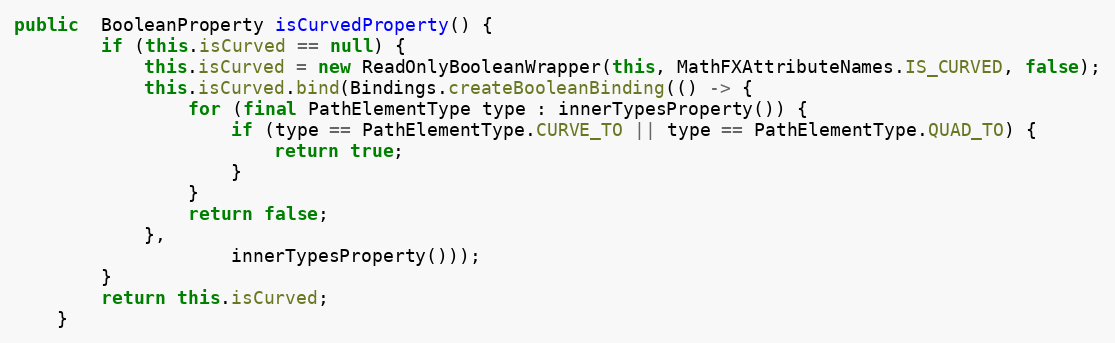
Language: Java
public  BooleanProperty isCurvedProperty() {
		if (this.isCurved == null) {
			this.isCurved = new ReadOnlyBooleanWrapper(this, MathFXAttributeNames.IS_CURVED, false);
			this.isCurved.bind(Bindings.createBooleanBinding(() -> {
				for (final PathElementType type : innerTypesProperty()) {
					if (type == PathElementType.CURVE_TO || type == PathElementType.QUAD_TO) {
						return true;
					}
				}
				return false;
			},
					innerTypesProperty()));
		}
		return this.isCurved;
	}